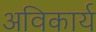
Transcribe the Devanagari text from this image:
अविकार्य